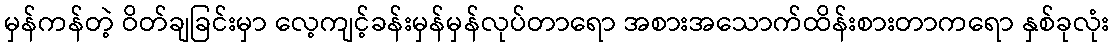
မှန်ကန်တဲ့ ဝိတ်ချခြင်းမှာ လေ့ကျင့်ခန်းမှန်မှန်လုပ်တာရော အစားအသောက်ထိန်းစားတာကရော နှစ်ခုလုံး